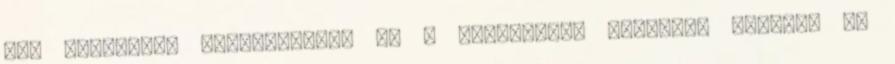
LTE routerrel kapcsolódnak be a hálózatba. Teljesen működő, és